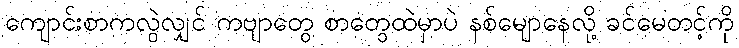
ကျောင်းစာကလွဲလျှင် ကဗျာတွေ စာတွေထဲမှာပဲ နစ်မျောနေလို့ ခင်မေတင့်ကို